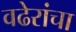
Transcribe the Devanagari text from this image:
वढेरांचा